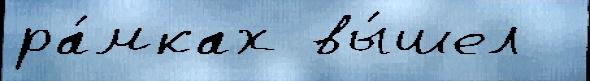
ра́мках вы́шел